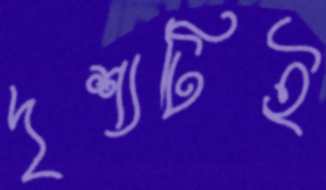
দৃশ্যটিই